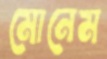
মোনেম